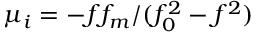
\mu _ { i } = - f f _ { m } / ( f _ { 0 } ^ { 2 } - f ^ { 2 } )